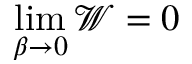
\operatorname* { l i m } _ { \beta \to 0 } \mathcal { W } = 0